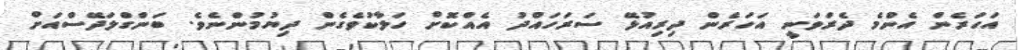
އަހަރެން އެންމެ ދެރަވަނީ އަހަރެން ދިރިއުޅޭ ސަރަހައްދު އެއްކޮށް ހަލާކުވެގެން ދިޔުމުންނެވެ. ބަންގްލަދޭސްއަށް